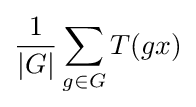
{\frac {1}{|G|}}\sum _{g\in G}T(gx)